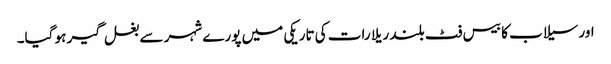
اور سیلاب کا بیس فٹ بلند ریلا رات کی تاریکی میں پورے شہر سے بغل گیر ہو گیا۔